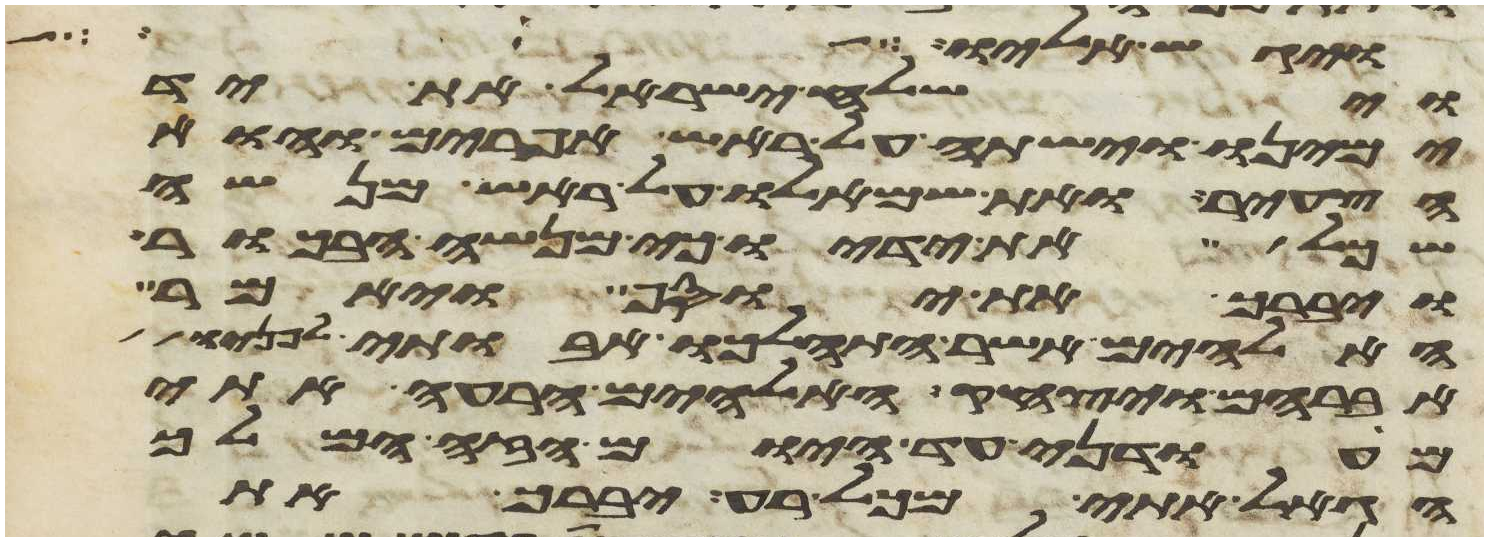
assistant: ויגש אליו וישלח
וישלח ישראל את יד
ימינו וישתה על ראש אפרים והוא
הצעיר ואת שמאלו על ראש מנשה
שכל את ידיו כי מנשה הבכור
ויברך את יוסף ויאמר
האלהים אשר התהלכו אבותי לפניו
אברהם ויצחק האלהים הרעה אתי
מעודני עד היום הזה המלך
הגאל אתי מכל רע יברך את